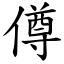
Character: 僔